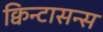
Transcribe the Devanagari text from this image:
क्विन्टासन्स